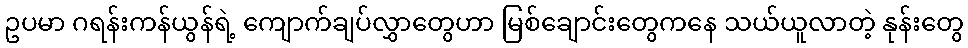
ဥပမာ ဂရန်းကန်ယွန်ရဲ့ ကျောက်ချပ်လွှာတွေဟာ မြစ်ချောင်းတွေကနေ သယ်ယူလာတဲ့ နုန်းတွေ